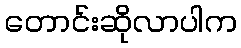
တောင်းဆိုလာပါက